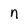
Character: n